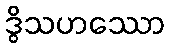
ဒွိသဟဿော